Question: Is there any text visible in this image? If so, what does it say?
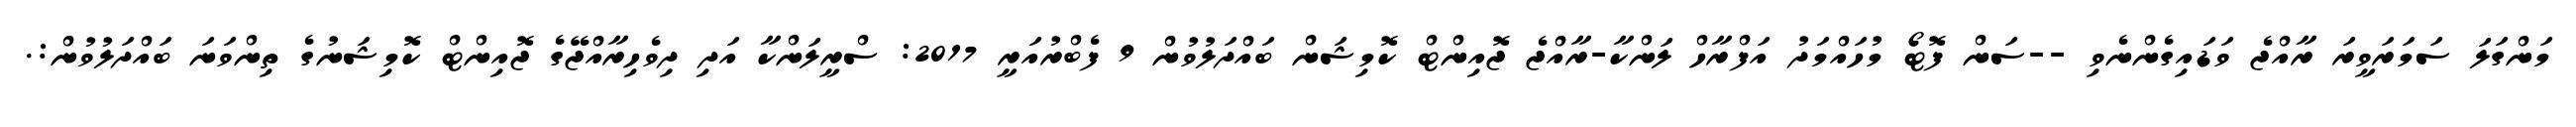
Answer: މަންގަލަ ސަމަރަވީރަ ރާއްޖެ ވަޑައިގެންނެވި --ސަން ފޮޓޯ މުހައްމަދު އަފްރާހް ލަންކާ-ރާއްޖެ ޖޮއިންޓް ކޮމިޝަން ބައްދަލުވުން 9 ފެބްރުއަރީ 2017: ސްރީލަންކާ އަދި ދިވެހިރާއްޖޭގެ ޖޮއިންޓް ކޮމިޝަނުގެ ތިންވަނަ ބައްދަލުވުން:.